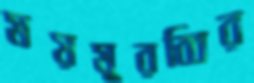
ময়মুরব্বির